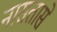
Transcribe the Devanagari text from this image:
नासतासे